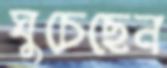
ঘুচেছেন